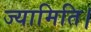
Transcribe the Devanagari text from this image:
ज्यामिति।